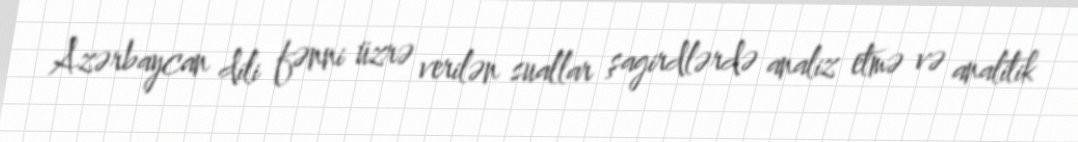
Azərbaycan dili fənni üzrə verilən suallar şagirdlərdə analiz etmə və analitik